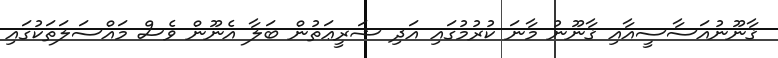
ޤާނޫނުއަސާސީއާއި ޤާނޫނު މާނަ ކުރުމުގައި އަދި ޝަރީޢަތުން ބަލާ އެނޫން ވެސް މައްސަލަތަކުގައި